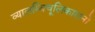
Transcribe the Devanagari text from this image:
व्यालम्बिचूलिकारत्नो